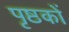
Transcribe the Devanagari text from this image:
पृष्ठकों